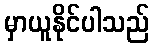
မှာယူနိုင်ပါသည်